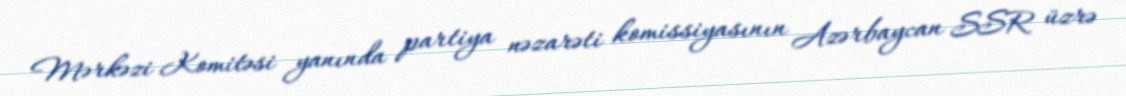
Mərkəzi Komitəsi yanında partiya nəzarəti komissiyasının Azərbaycan SSR üzrə